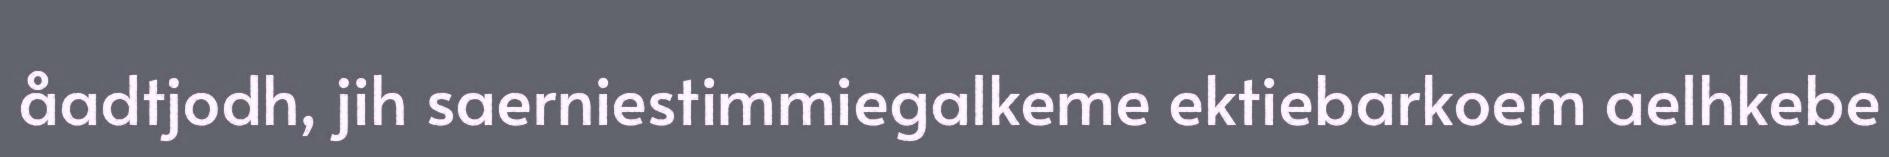
åadtjodh, jih saerniestimmiegalkeme ektiebarkoem aelhkebe